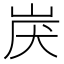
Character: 𱛟